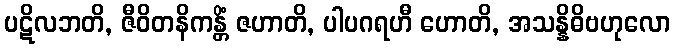
ပဋိလဘတိ, ဇီဝိတနိကန္တိံ ဇဟာတိ, ပါပဂရဟီ ဟောတိ, အသန္နိဓိဗဟုလော